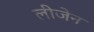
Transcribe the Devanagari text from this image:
लीजेन